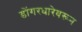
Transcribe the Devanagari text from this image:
डोंगरधारेवरून